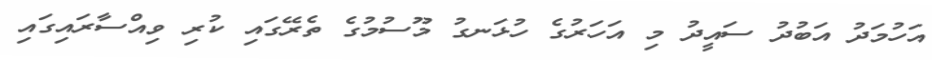
އަހުމަދު އަބުދު ސައީދު މި އަހަރުގެ ހުޅަނގު މޫސުމުގެ ތެރޭގައި ކުރި ވިއްސާރައިގައި